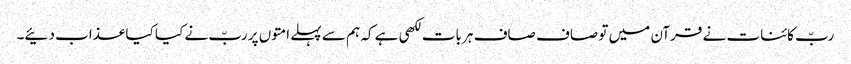
ربّ کائنات نے قرآن میں تو صاف صاف ہر بات لکھی ہے کہ ہم سے پہلے امتوں پر ربّ نے کیا کیا عذاب دئیے۔